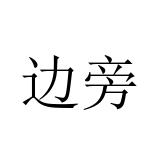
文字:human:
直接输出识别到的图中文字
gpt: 边旁